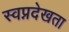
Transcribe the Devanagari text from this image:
स्वप्नदेखता